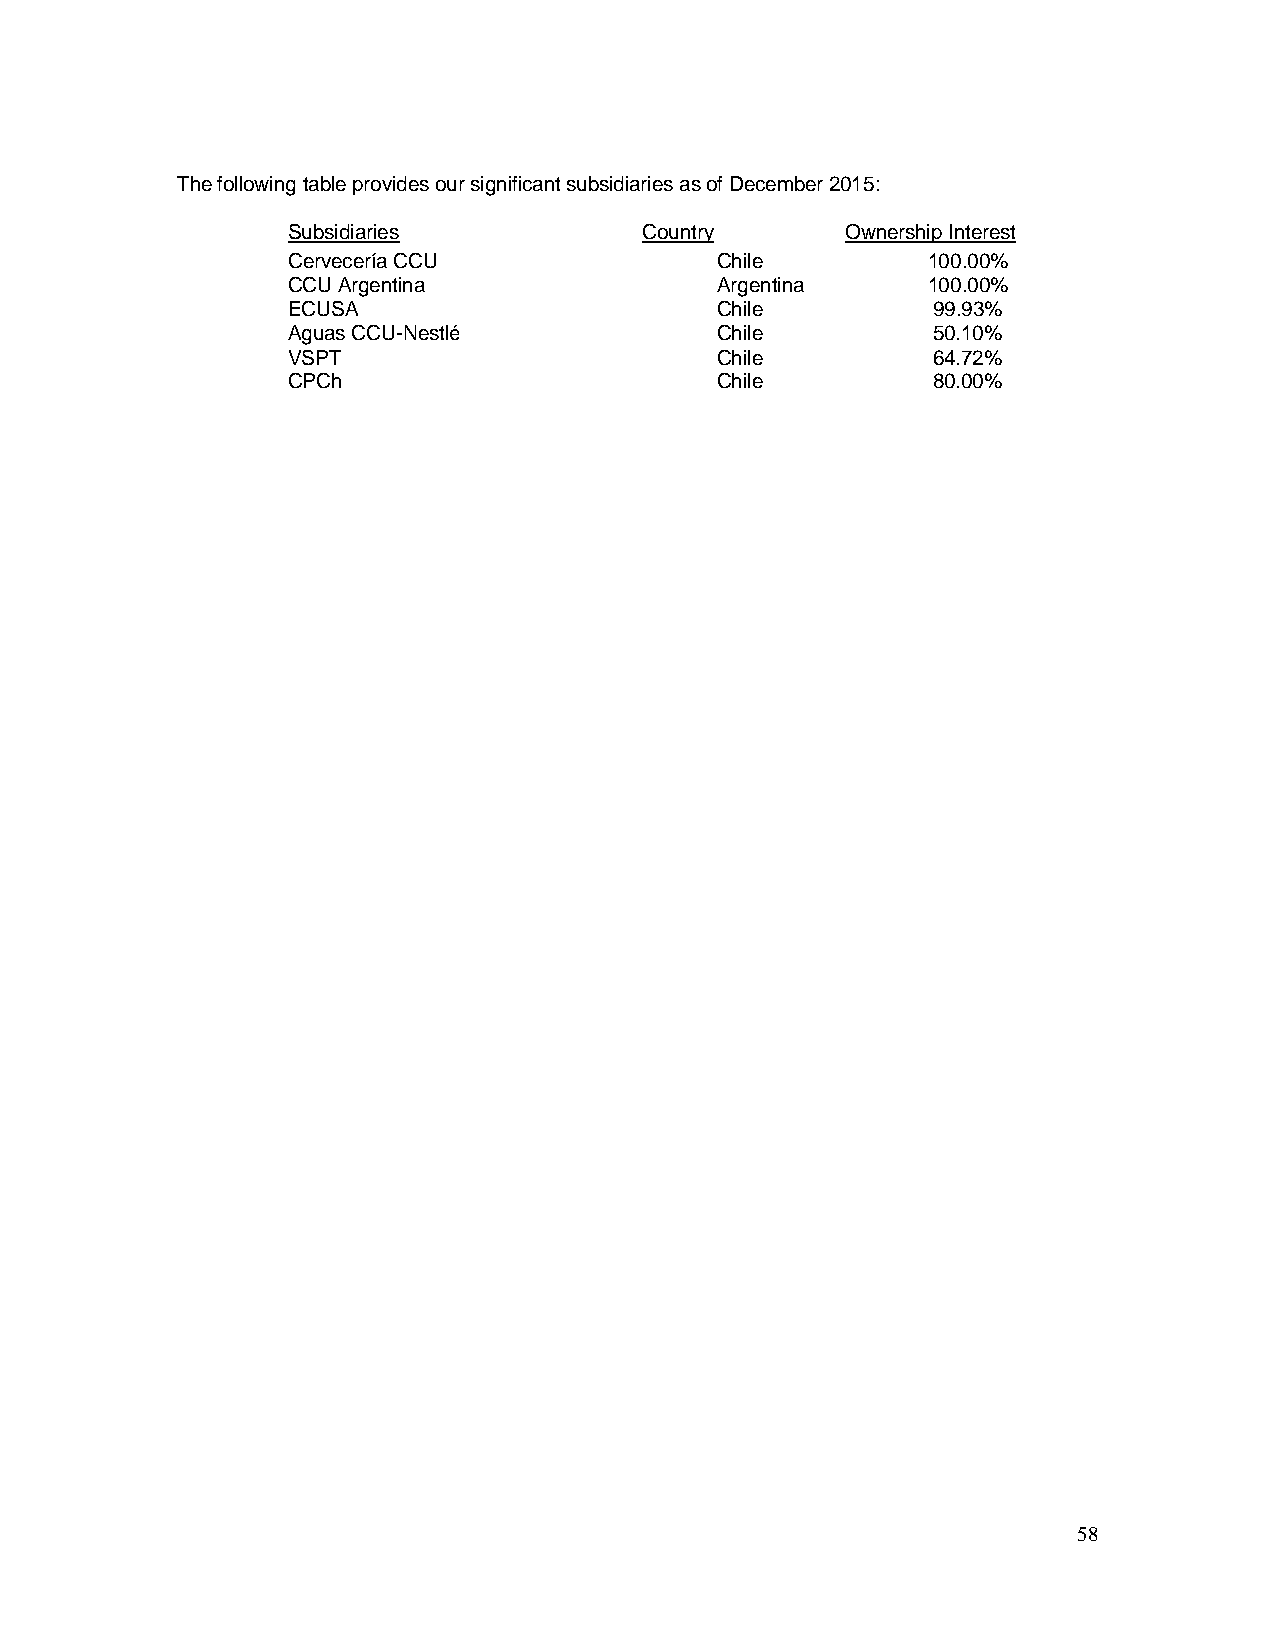
The following table provides our significant subsidiaries as of December 2015:
 Subsidiaries            Country      Ownership Interest
 Cervecería CCU              Chile         100.00%
 CCU Argentina               Argentina     100.00%
 ECUSA                       Chile          99.93%
 Aguas CCU-Nestlé            Chile          50.10%
 VSPT                        Chile          64.72%
 CPCh                        Chile          80.00%
 58